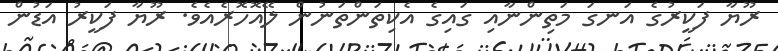
ރޫޔާ ފަކީރުގެ އަނގަ މަތިންނާއި ގައިގެ އެކިތަންތަނުން ލޭއޮހޮރެއެވެ. ރޫޔާ ފަކީރު އަޑުން